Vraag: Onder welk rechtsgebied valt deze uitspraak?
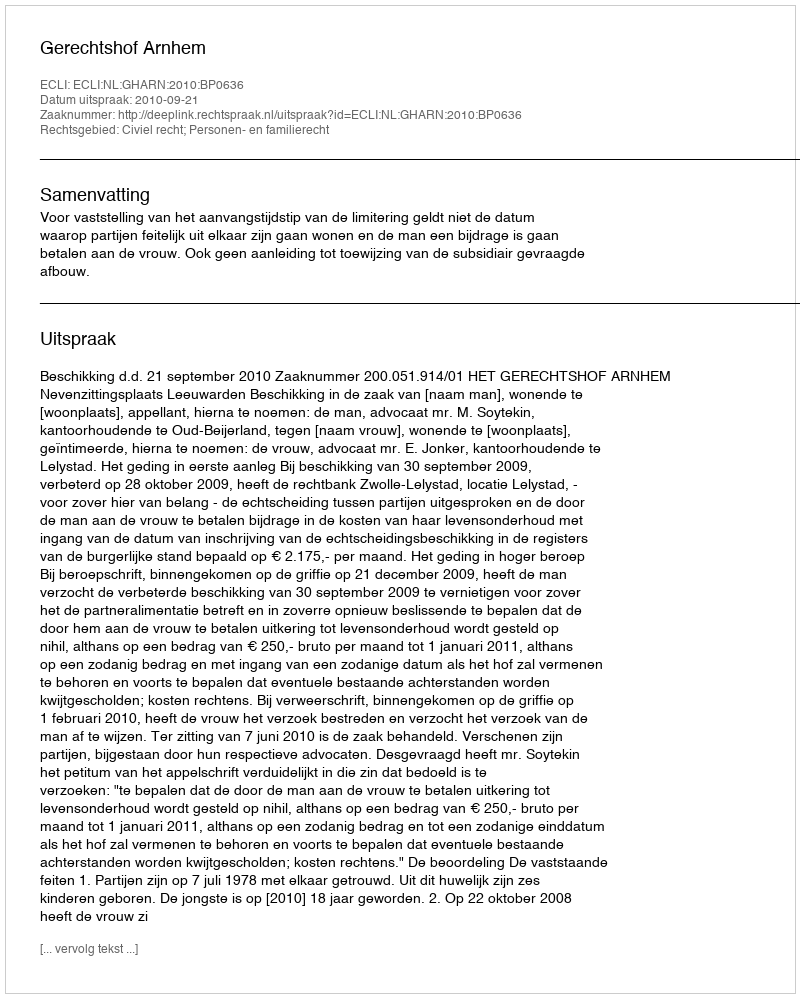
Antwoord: Civiel recht; Personen- en familierecht